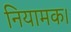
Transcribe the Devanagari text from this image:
नियामक।